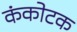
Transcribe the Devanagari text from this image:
कंकोटक